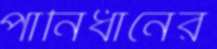
পানিধানের